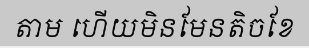
តាម ហើយមិនមែនតិចខែ